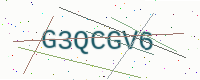
Text: G3QCGV6